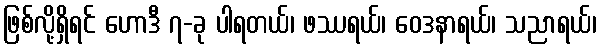
ဖြစ်လို့ရှိရင် ဟောဒီ ၇-ခု ပါရတယ်၊ ဖဿရယ်၊ ဝေဒနာရယ်၊ သညာရယ်၊